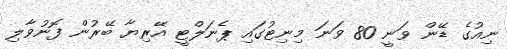
ނިއުގެ ޑޭން ވަނީ 80 ވަނަ މިނިޓުގައި ޕެނަލްޓީ އޭރިޔާ ބޭރުން ފޮނުވާލި